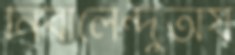
নির্বালেন্দুঅয